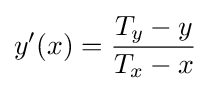
y'(x)={\frac {T_{y}-y}{T_{x}-x}}